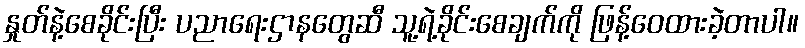
နှုတ်နဲ့စေခိုင်းပြီး ပညာရေးဌာနတွေဆီ သူ့ရဲ့ခိုင်းစေချက်ကို ဖြန့်ဝေထားခဲ့တာပါ။